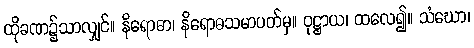
ထိုခဏ၌သာလျှင်။ နိရောဓာ၊ နိရောဓသမာပတ်မှ။ ဝုဋ္ဌာယ၊ ထလေ၍။ သံဃော၊